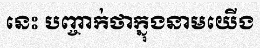
នេះ បញ្ចាក់ថាក្នុងនាមយើង